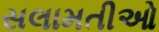
સલામતીઓ